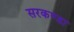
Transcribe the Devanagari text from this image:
सरकण्डा